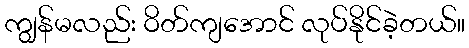
ကျွန်မလည်း ဝိတ်ကျအောင် လုပ်နိုင်ခဲ့တယ်။